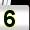
Digit: 5